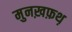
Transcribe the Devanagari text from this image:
मुनख़फ़थ़